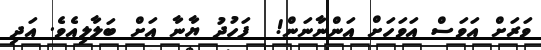
ވަރަށް އަވަސް އަވަހަށް އަންނާނަން!  ފަހުދު ޔާނާ އަށް ބަލާލިއެވެ. އަދި